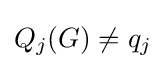
Q_{j}(G)\neq q_{j}